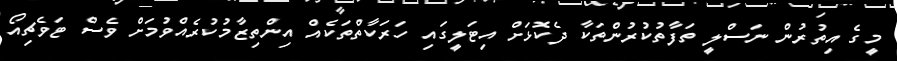
މީގެ އިތުރުން ނަސްލީ ތަފާތުކުރުންތަކާ ދެކޮޅަށް އިޓަލީގައި ހަރަކާތްތަކެއް އިންތިޒާމުކުރެއްވުމަށް ވެސް ޓަވެޗިއޯ